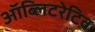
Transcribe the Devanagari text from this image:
ऑब्लिटरेटिव